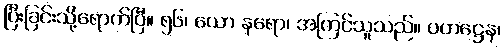
ပြီးခြင်းသို့ရောက်ပြီ။ ၅၆၊ ယော နရော၊ အကြင်သူသည်။ ပဟဋ္ဌေန၊